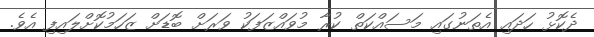
ދެކޮޅު ހަދައި އެތަނުގައި މަސައްކަތް ކުރާ މުވައްޒަފަކު ވަރަށް ބޮޑަށް ޒަހަމުކޮށްލައިފި އެވެ.